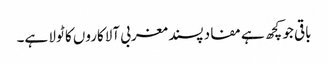
باقی جو کچھ ہے مفاد پسند مغربی آلاکاروں کا ٹولا ہے۔